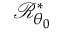
{ \mathcal R } _ { \theta _ { 0 } } ^ { * }